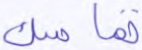
تماسك